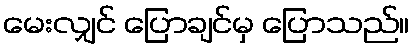
မေးလျှင် ပြောချင်မှ ပြောသည်။